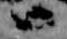
ハ